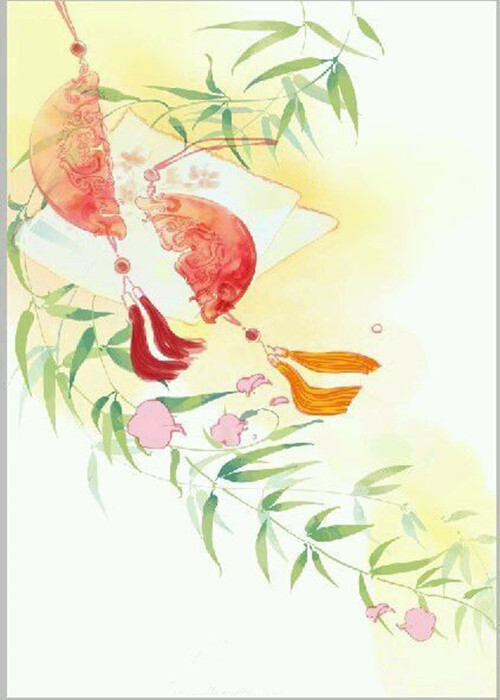
一道鹊桥横渺渺，千声玉佩过玲玲。